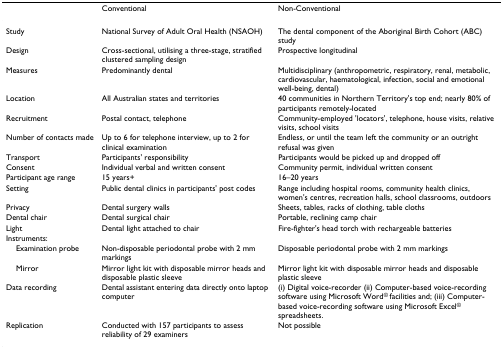
|  | Conventional | Non-Conventional |
 | --- | --- | --- |
 | Study | National Survey of Adult Oral Health (NSAOH) | The dental component of the Aboriginal Birth Cohort (ABC) study |
 | Design | Cross-sectional, utilising a three-stage, stratified clustered sampling design | Prospective longitudinal |
 | Measures | Predominantly dental | Multidisciplinary (anthropometric, respiratory, renal, metabolic, cardiovascular, haematological, infection, social and emotional well-being, dental) |
 | Location | All Australian states and territories | 40 communities in Northern Territory's top end; nearly 80% of participants remotely-located |
 | Recruitment | Postal contact, telephone | Community-employed 'locators', telephone, house visits, relative visits, school visits |
 | Number of contacts made | Up to 6 for telephone interview, up to 2 for clinical examination | Endless, or until the team left the community or an outright refusal was given |
 | Transport | Participants' responsibility | Participants would be picked up and dropped off |
 | Consent | Individual verbal and written consent | Community permit, individual written consent |
 | Participant age range | 15 years+ | 16–20 years |
 | Setting | Public dental clinics in participants' post codes | Range including hospital rooms, community health clinics, women's centres, recreation halls, school classrooms, outdoors |
 | Privacy | Dental surgery walls | Sheets, tables, racks of clothing, table cloths |
 | Dental chair | Dental surgical chair | Portable, reclining camp chair |
 | Light | Dental light attached to chair | Fire-fighter's head torch with rechargeable batteries |
 | Instruments: |  |  |
 | Examination probe | Non-disposable periodontal probe with 2 mm markings | Disposable periodontal probe with 2 mm markings |
 | Mirror | Mirror light kit with disposable mirror heads and disposable plastic sleeve | Mirror light kit with disposable mirror heads and disposable plastic sleeve |
 | Data recording | Dental assistant entering data directly onto laptop computer | (i) Digital voice-recorder (ii) Computer-based voice-recording software using Microsoft Word© facilities and; (iii) Computer-based voice-recording software using Microsoft Excel© spreadsheets. |
 | Replication | Conducted with 157 participants to assess reliability of 29 examiners | Not possible |